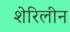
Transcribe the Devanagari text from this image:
शेरिलीन